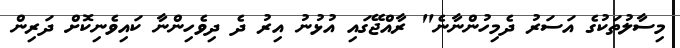
މިސާލުތަކުގެ އަސަރު ދެމިހުންނާނެ" ރާއްޖޭގައި އުޅުނު އިރު ދެ ދިވެހިންނާ ކައިވެނިކޮށް ދަރިން